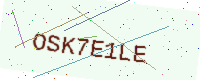
Text: OSK7E1LE